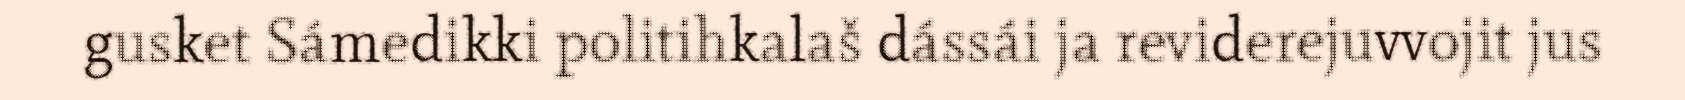
gusket Sámedikki politihkalaš dássái ja reviderejuvvojit jus